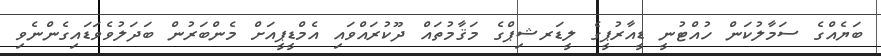
ބަޔެއްގެ ސަމާލުކަން ހުއްޓުނީ ޑީއާރުޕީގެ ލީޑަރޝިޕްގެ މަޤާމުތައް ދޫކުރައްވައި އެމްޑީޕީއަށް މެންބަރުން ބަދަލުވެވަޑައިގެންނެވި